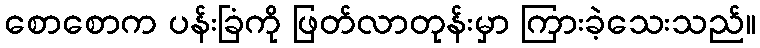
စောစောက ပန်းခြံကို ဖြတ်လာတုန်းမှာ ကြားခဲ့သေးသည်။